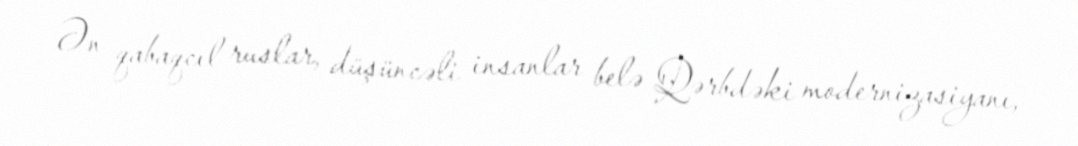
Ən qabaqcıl ruslar, düşüncəli insanlar belə Qərbdəki modernizasiyanı,